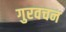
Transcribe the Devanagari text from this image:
गुरवचन